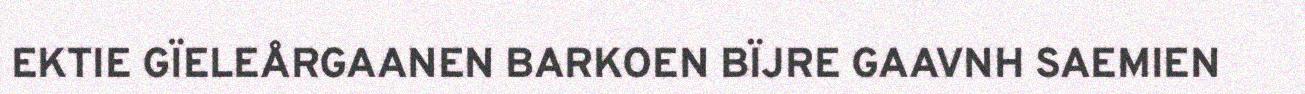
EKTIE GÏELEÅRGAANEN BARKOEN BÏJRE GAAVNH SAEMIEN